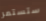
ستستمر